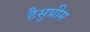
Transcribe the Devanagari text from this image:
हैसुप्रीम